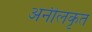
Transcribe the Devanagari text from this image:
अनीलकृत